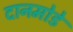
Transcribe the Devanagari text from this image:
दानमोडे